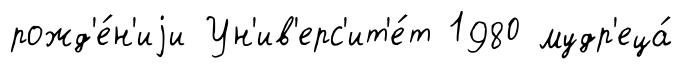
рожд'е́н'иjи Ун'ив'ерс'ит'е́т 1980 мудр'еца́